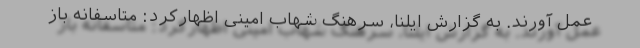
عمل آورند. به گزارش ایلنا، سرهنگ شهاب امینی اظهارکرد: متاسفانه باز